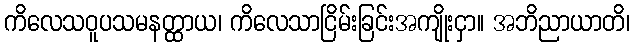
ကိလေသဝူပသမနတ္ထာယ၊ ကိလေသာငြိမ်းခြင်းအကျိုးငှာ။ အဘိညာယာတိ၊